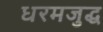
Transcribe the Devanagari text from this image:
धरमजुद्ध